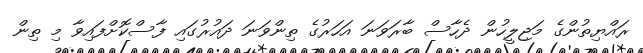
ރައްޔިތުންގެ މަޖިލީހުން ދެހާސް ބާރަވަނަ އަހަރުގެ ތިންވަނަ ދައުރުގައި ފާސްކޮށްފައިވާ މި ތިން